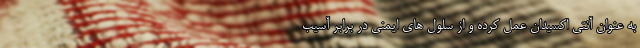
به عنوان آنتی اکسیدان عمل کرده و از سلول های ایمنی در برابر آسیب